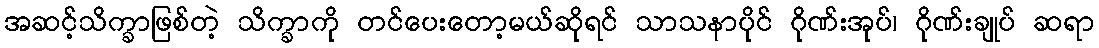
အဆင့်သိက္ခာဖြစ်တဲ့ သိက္ခာကို တင်ပေးတော့မယ်ဆိုရင် သာသနာပိုင် ဂိုဏ်းအုပ်၊ ဂိုဏ်းချုပ် ဆရာ